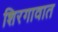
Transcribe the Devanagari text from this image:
शिरगावात